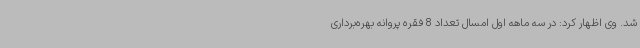
شد. وی اظهار کرد: در سه ماهه اول امسال تعداد 8 فقره پروانه بهره‌برداری